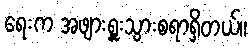
ရေးက အဖျားရှူးသွားစရာရှိတယ်။